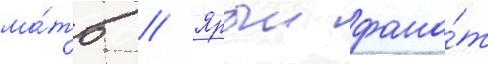
ма́ть // Ярыи фана́т